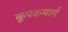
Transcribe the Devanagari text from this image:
कूपकमार्ग